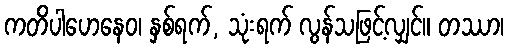
ကတိပါဟေနေဝ၊ နှစ်ရက်, သုံးရက် လွန်သဖြင့်လျှင်။ တဿာ၊